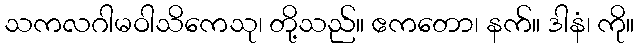
သကလဂါမဝါသိကေသု၊ တို့သည်။ ဧကတော၊ နက်။ ဒါနံ၊ ကို။